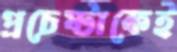
প্রচেষ্টাকেই